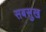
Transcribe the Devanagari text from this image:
सबसुख